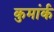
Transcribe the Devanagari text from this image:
कुमांर्क